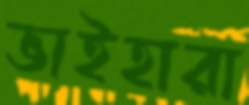
ভাইহারা